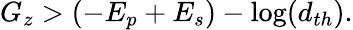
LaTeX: G_{z}>(-E_{p}+E_{s})-\log(d_{th}).